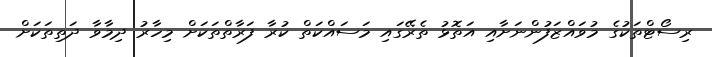
ރިސޯޓްތަކުގެ މުވައްޒަފުންނަށާއި އަތޮޅު ތެރޭގައި މަސައްކަތް ކުރާ ފަރާތްތަކަށް މިހާރު ދިމާވާ ދަތިތަކަށް